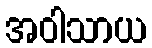
အဝါသာယ